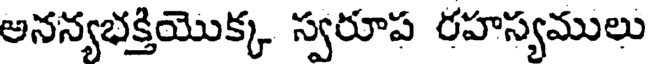
అనన్యభక్తియొక్క స్వరూప రహస్యములు